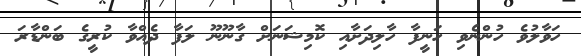
ހަވާލުވެ ހުންނެވި ހަނީފާ ހާލިދަށާއި ކޮމިޝަނަށް ގާނޫނޫ ލަފާ ދެއްވާ ކުރީގެ ބަންޑާރަ